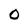
Character: 0